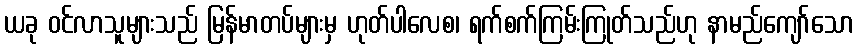
ယခု ဝင်လာသူများသည် မြန်မာတပ်များမှ ဟုတ်ပါလေစ၊ ရက်စက်ကြမ်းကြုတ်သည်ဟု နာမည်ကျော်သော